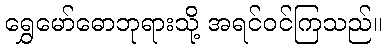
ရွှေမော်ဓောဘုရားသို့ အရင်ဝင်ကြသည်။